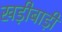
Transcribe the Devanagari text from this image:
खड़ीबाड़ी